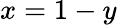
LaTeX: x=1-y